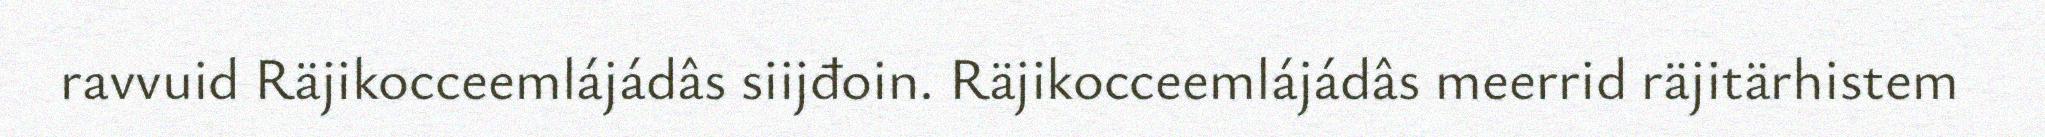
ravvuid Räjikocceemlájádâs siijđoin. Räjikocceemlájádâs meerrid räjitärhistem